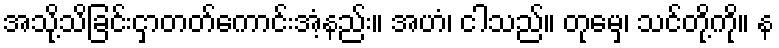
အသို့သိခြင်းငှာတတ်ကောင်းအံ့နည်း။ အဟံ၊ ငါသည်။ တုမှေ၊ သင်တို့ကို။ န